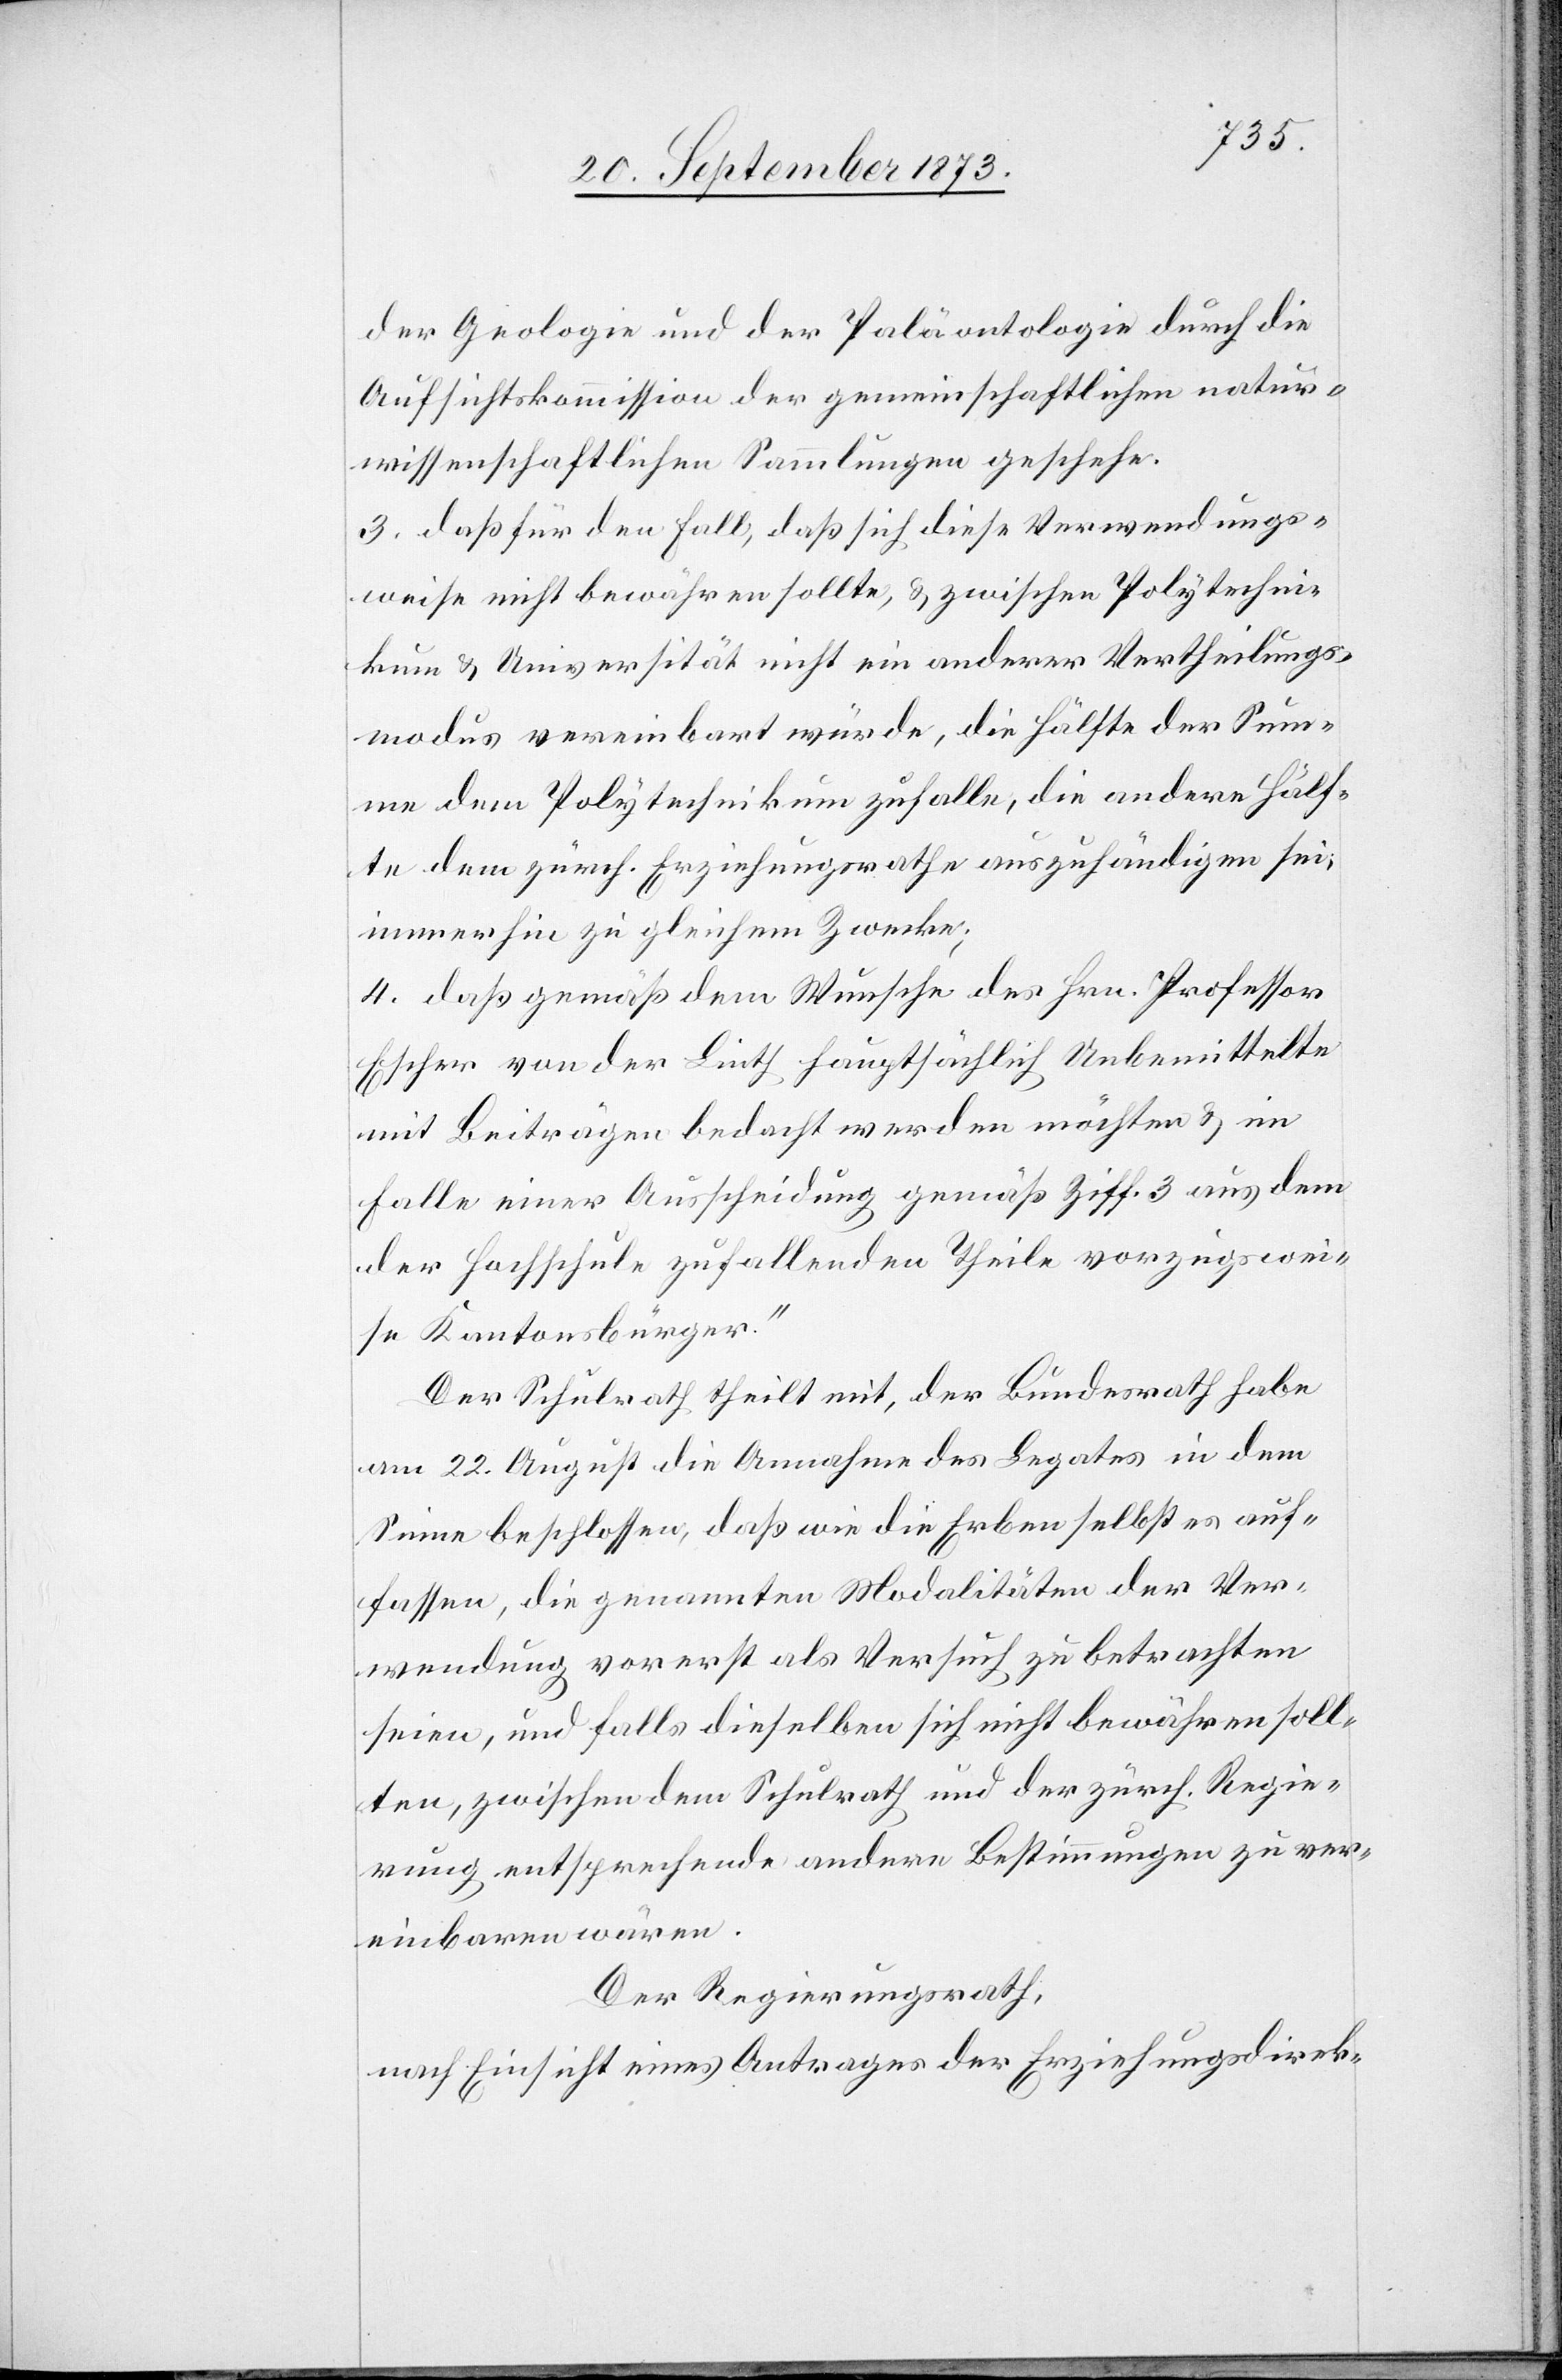
der Geologie und der Paläontologie durch die
Aufsichtskommission der gemeinschaftlichen natur¬
wissenschaftlichen Sammlungen geschehe.
3. daß für den Fall, daß sich diese Verwendungs¬
weise nicht bewähren sollte, & zwischen Polytechni¬
kum & Universität nicht ein anderer Vertheilungs¬
modus vereinbart würde, die Hälfte der Sum¬
me dem Polytechnikum zufalle, die andere Hälf¬
te dem zürch. Erziehungsrathe auszuhändigen sei,
immerhin zu gleichem Zwecke;
4. daß gemäß dem Wunsche des Hrn. Professor
Escher von der Linth hauptsächlich Unbemittelte
mit Beiträgen bedacht werden möchten & im
Falle einer Ausscheidung gemäß Ziff. 3 aus dem
der Hochschule zufallenden Theile vorzugswei¬
se Kantonsbürger.“
Der Schulrath theilt mit, der Bundesrath habe
am 22. August die Annahme des Legates in dem
Sinne beschlossen, daß wie die Erben selbst es auf¬
fassen, die genannten Modalitäten der Ver¬
wendung vorerst als Versuch zu betrachten
seien, und falls dieselben sich nicht bewähren soll¬
ten, zwischen dem Schulrath und der zürch. Regie¬
rung entsprechende andere Bestimmungen zu ver¬
einbaren wären.
Der Regierungsrath,
nach Einsicht eines Antrages der Erziehungsdirek-